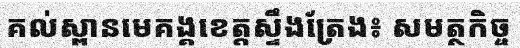
គល់ស្ពានមេគង្គខេត្តស្ទឹងត្រែង៖ សមត្ថកិច្ច